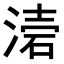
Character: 𭱥